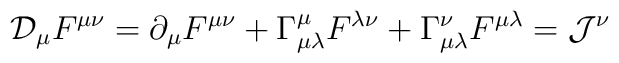
{\cal D}_{\mu}F^{\mu \nu}=\partial_{\mu}F^{\mu \nu}+\Gamma^{\mu}_{\mu\lambda}F^{\lambda \nu}+\Gamma^{\nu}_{\mu \lambda}F^{\mu \lambda}={\cal J}^{\nu}